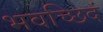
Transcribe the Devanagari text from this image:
भवच्छिदं